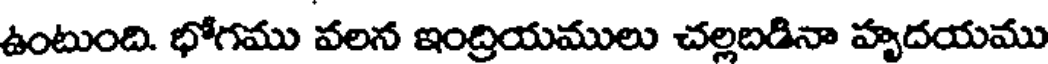
ఉంటుంది. భోగము వలన ఇంద్రియములు చల్లబడినా హృదయము